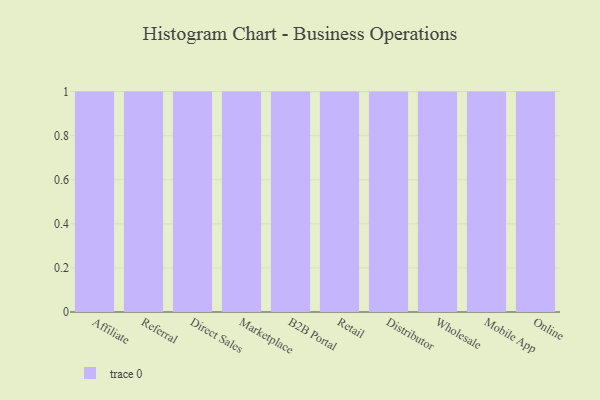
{"axis": {"x": "Channel", "y": "Website Visitors"}, "legend": [""], "data": [{"x": "Affiliate", "y": 26, "type": ""}, {"x": "Referral", "y": 86, "type": ""}, {"x": "Direct Sales", "y": 25, "type": ""}, {"x": "Marketplace", "y": 75, "type": ""}, {"x": "B2B Portal", "y": 77, "type": ""}, {"x": "Retail", "y": 52, "type": ""}, {"x": "Distributor", "y": 68, "type": ""}, {"x": "Wholesale", "y": 93, "type": ""}, {"x": "Mobile App", "y": 46, "type": ""}, {"x": "Online", "y": 59, "type": ""}]}